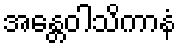
အန္တေဝါသိကာနံ